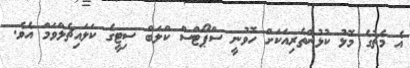
އެ މެޗުގެ މޮޅު ކުޅުންތެރިއަކަށް ހޮވުނީ ސްޕޯޓްސް ކްލަބް ސިޓީގެ ކަލައިޗެލްވަމް އެވެ.